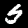
Digit: 5